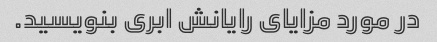
در مورد مزایای رایانش ابری بنویسید.